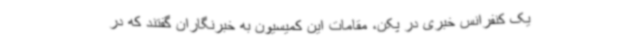
یک کنفرانس خبری در پکن، مقامات این کمیسیون به خبرنگاران گفتند که در